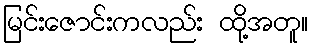
မြင်းဇောင်းကလည်း ထို့အတူ။